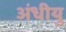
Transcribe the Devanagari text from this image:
अंधीयु